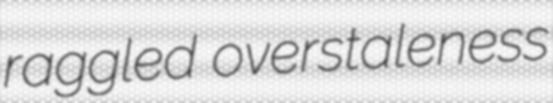
raggled overstaleness